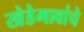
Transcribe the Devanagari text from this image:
खेडेगावांचे